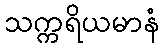
သက္ကရိယမာနံ